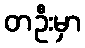
တဦးမှာ